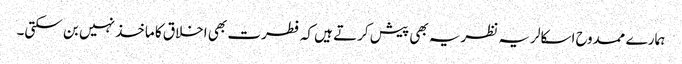
ہمارے ممدوح اسکالر یہ نظریہ بھی پیش کرتے ہیں کہ فطرت بھی اخلاق کا ماخذ نہیں بن سکتی۔